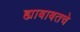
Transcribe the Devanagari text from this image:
ह्याबाबतचे